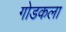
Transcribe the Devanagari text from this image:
गोडकला